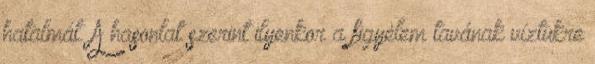
hatalmát. A hasonlat szerint ilyenkor a figyelem tavának víztükre